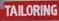
tailoring